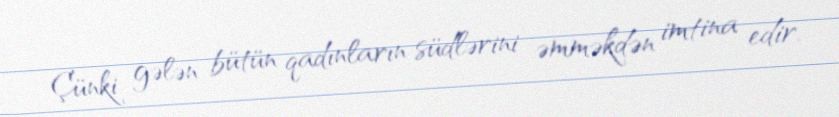
Çünki gələn bütün qadınların südlərini əmməkdən imtina edir.